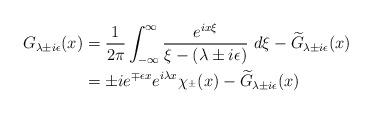
LaTeX: \begin{align*}G_{\lambda\pm i\epsilon}(x)&= \frac{1}{2\pi}\int_{-\infty}^{\infty}\frac{e^{ix\xi}}{\xi-(\lambda\pm i\epsilon)}~d\xi -\widetilde{G}_{\lambda\pm i\epsilon}(x) \\&= \pm i e^{\mp\epsilon x}e^{i\lambda x}\chi_{\real^{\pm}}(x) - \widetilde{G}_{\lambda\pm i\epsilon}(x) \end{align*}